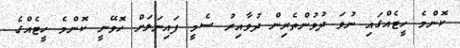
ކޮންމެ ހީޓެއްގައި ނުވަ ދުވުންތެރިން ދުވާއިރު ސެމީ ފައިނަލަށް ހޮވޭނީ ކޮންމެ ހީޓެއްގެ